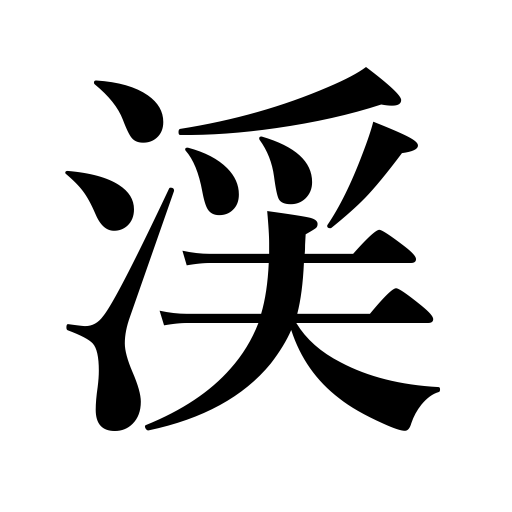
Meanings: valley